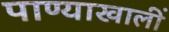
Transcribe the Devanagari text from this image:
पाण्याखालीं